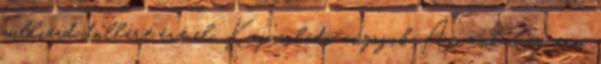
milliárd dollárt ért el. Kapcsolódó anyagok Az emberiség nem